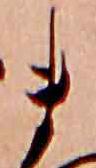
ま